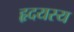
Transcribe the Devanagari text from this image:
हृदयस्य